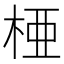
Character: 𬂲